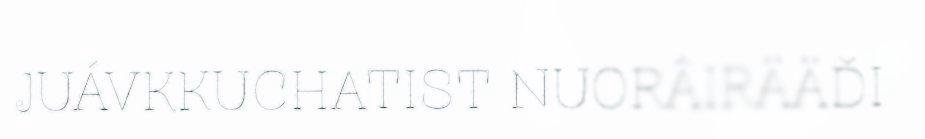
JUÁVKKUCHATIST NUORÂIRÄÄĐI